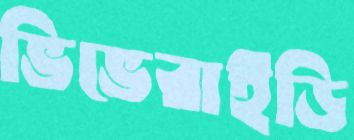
ভিভেরাইডি